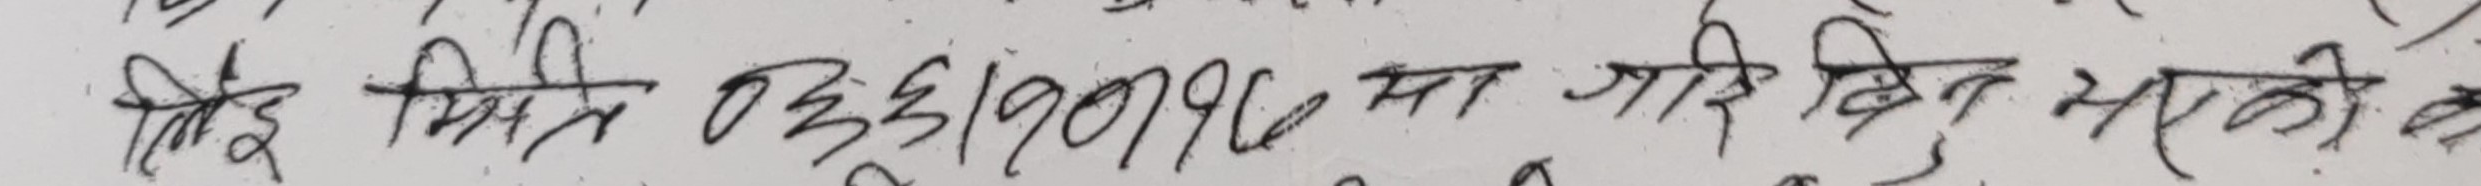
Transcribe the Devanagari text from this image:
देखि मिति ०३।०६।२०१७ मा जारी सिध्न भएको क